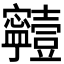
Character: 𡬗